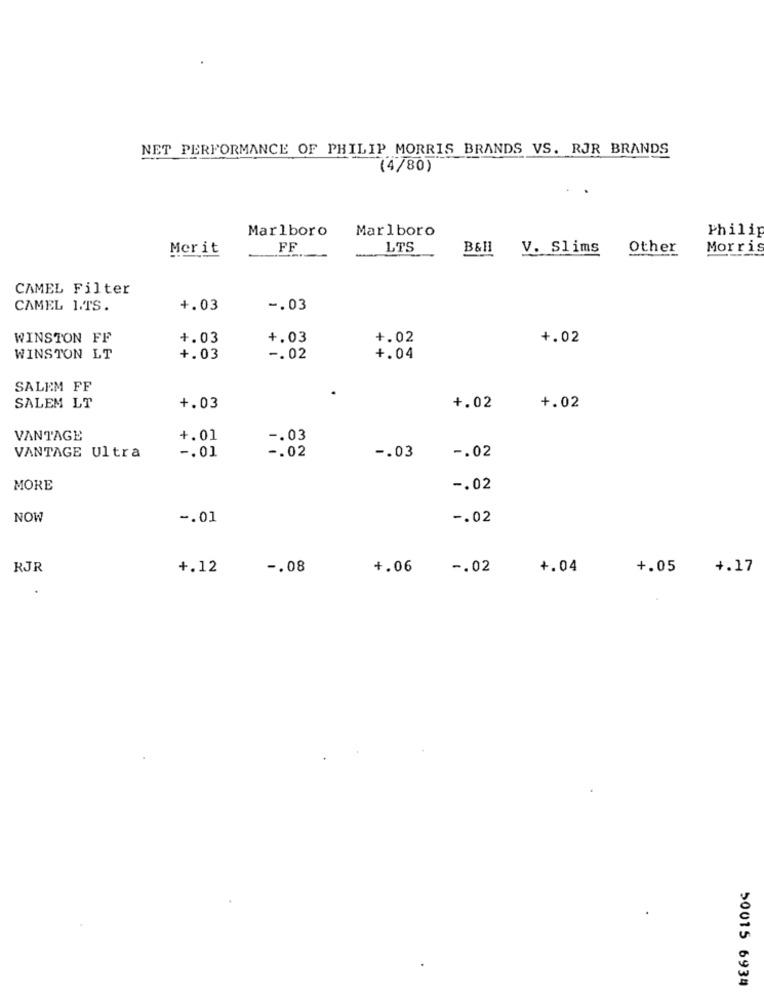
NET PERFORMANCE OF PHILIP MORRIS BRANDS VS. RJR BRANDS
(4/80)
Marlboro
Marlboro
Philip
Merit
FF
LTS
B&H
V. Slims
Other
Morris
CAMEL Filter
CAMEL ITS.
4.03
-. 03
WINSTON FF
+.03
+.03
+.02
+.02
WINSTON LT
+.03
-. 02
+.04
SALEM FF
SALEM LT
+.03
+.02
+.02
VANTAGE
+.01
-. 03
VANTAGE Ultra
-. 02
-. 03
-. 01
-. 02
MORE
-. 02
NOW
-. 01
-. 02
RJR
+.12
-. 08
+.06
-. 02
+.04
+.05
4.17
50015 6934